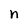
Character: n